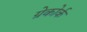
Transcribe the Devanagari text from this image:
ग्रेकोर्क